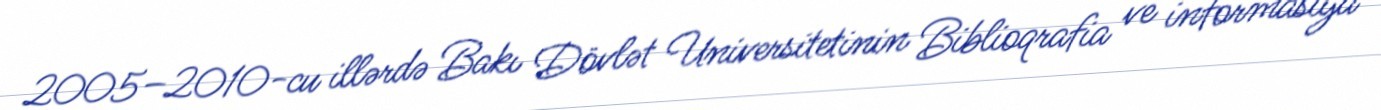
2005–2010-cu illərdə Bakı Dövlət Universitetinin Biblioqrafia ve informasiya